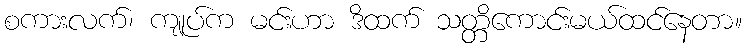
စကားလက်၊ ကျုပ်က မင်းဟာ ဒိထက် သတ္တိကောင်းမယ်ထင်နေတာ။